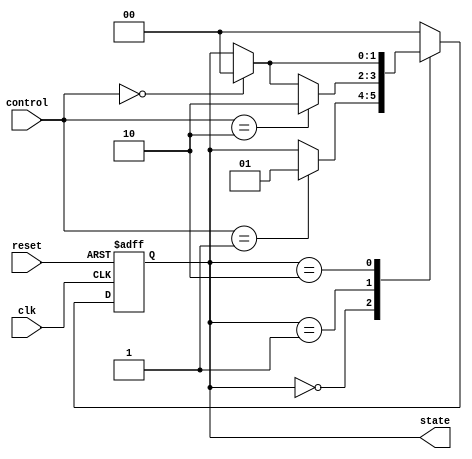
module PreConfiguredStateInitialization #(
    parameter STATE_WIDTH = 2, // Width of the state signal
    parameter STATE_0 = 2'b00,  // Predefined initial state
    parameter STATE_1 = 2'b01,  // Example state 1
    parameter STATE_2 = 2'b10   // Example state 2
)(
    input wire clk,             // Clock signal
    input wire reset,           // Reset signal (active high)
    input wire [1:0] control,   // Control signals for state transitions
    output reg [STATE_WIDTH-1:0] state // Current state output
);

// State encoding
localparam [STATE_WIDTH-1:0] STATE_IDLE = STATE_0;
localparam [STATE_WIDTH-1:0] STATE_RUN  = STATE_1;
localparam [STATE_WIDTH-1:0] STATE_DONE = STATE_2;

// State transition logic
always @(posedge clk or posedge reset) begin
    if (reset) begin
        // Initialize state to STATE_0 on reset
        state <= STATE_IDLE;
    end else begin
        // State transition logic based on control signals
        case (state)
            STATE_IDLE: begin
                if (control == 2'b01) begin
                    state <= STATE_RUN; // Transition to RUN state
                end
            end
            
            STATE_RUN: begin
                if (control == 2'b10) begin
                    state <= STATE_DONE; // Transition to DONE state
                end else if (control == 2'b00) begin
                    state <= STATE_IDLE; // Transition back to IDLE state
                end
            end
            
            STATE_DONE: begin
                if (control == 2'b00) begin
                    state <= STATE_IDLE; // Transition back to IDLE state
                end
            end
            
            default: begin
                state <= STATE_IDLE; // Default case to avoid latches
            end
        endcase
    end
end

endmodule